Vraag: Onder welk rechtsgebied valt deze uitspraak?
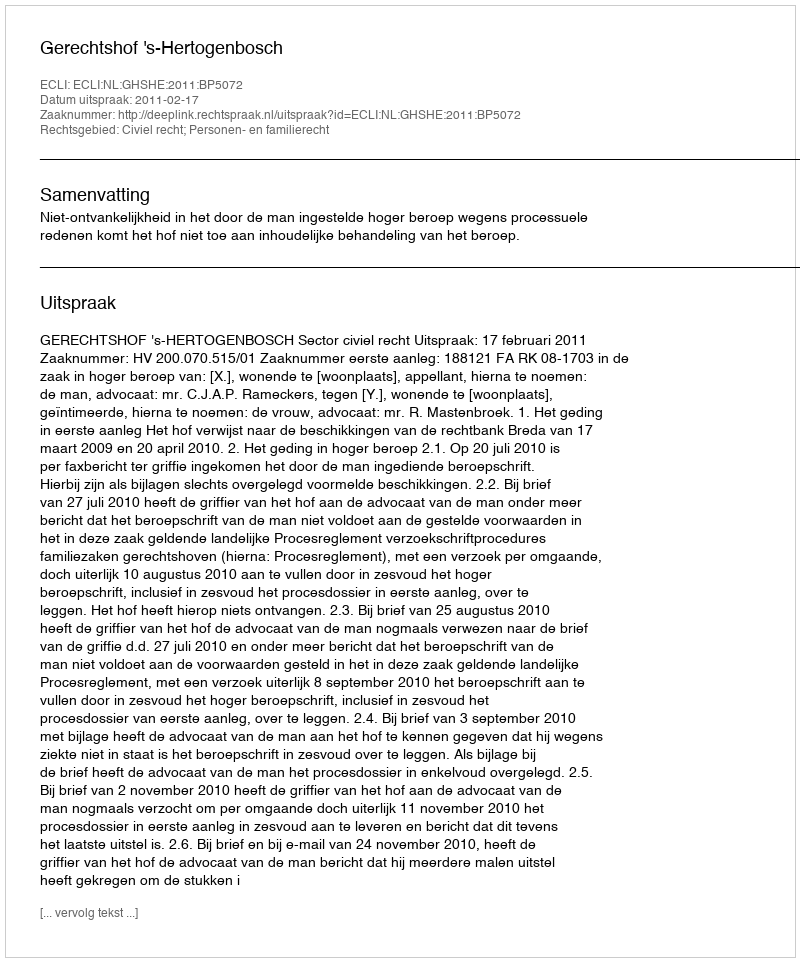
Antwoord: Civiel recht; Personen- en familierecht